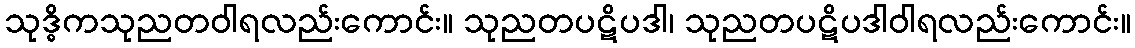
သုဒ္ဓိကသုညတဝါရလည်းကောင်း။ သုညတပဋိပဒါ၊ သုညတပဋိပဒါဝါရလည်းကောင်း။